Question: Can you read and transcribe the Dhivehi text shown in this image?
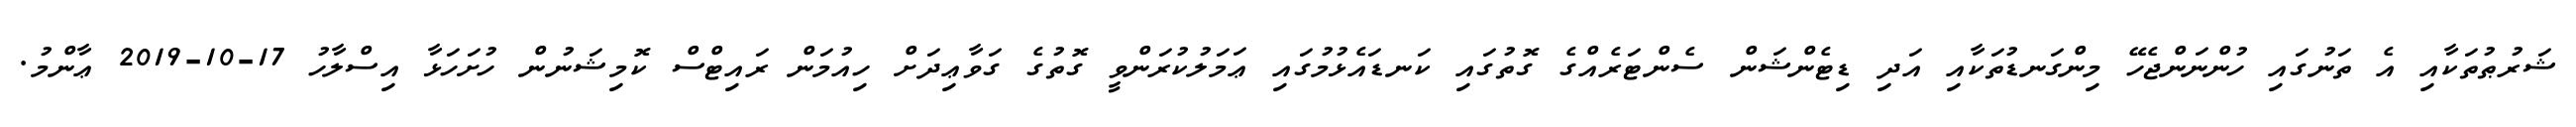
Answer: ޝަރުޠުތަކާއި އެ ތަނުގައި ހުންނަންޖެހޭ މިންގަނޑުތަކާއި އަދި ޑިޓެންޝަން ސެންޓަރެއްގެ ގޮތުގައި ކަނޑައެޅުމުގައި ޢަމަލުކުރަންވީ ގޮތުގެ ގަވާޢިދަށް ހިއުމަން ރައިޓްސް ކޮމިޝަނުން ހުށަހަޅާ އިސްލާހު 17-10-2019 ޢާންމު.